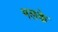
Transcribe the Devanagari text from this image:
मलके